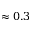
\approx 0 . 3